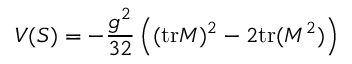
V ( S ) = - \frac { g ^ { 2 } } { 3 2 } \left( ( \mathrm { t r } M ) ^ { 2 } - 2 \mathrm { t r } ( M ^ { 2 } ) \right)